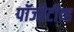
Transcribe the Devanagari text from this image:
पॉजीटीव्ह